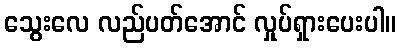
သွေးလေ လည်ပတ်အောင် လှုပ်ရှားပေးပါ။